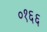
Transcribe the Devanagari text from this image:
०१६६